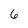
Character: 6